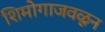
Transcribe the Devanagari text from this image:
शिमोगाजवळून